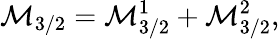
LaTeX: {\cal M}_{3/2}={\cal M}_{3/2}^{1}+{\cal M}_{3/2}^{2},